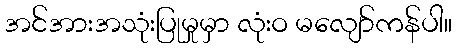
အင်အားအသုံးပြုမှုမှာ လုံးဝ မလျော်ကန်ပါ။